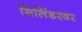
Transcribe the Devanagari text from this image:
सिलिंडरवर